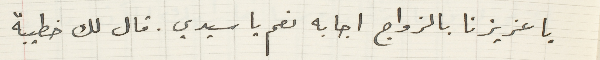
يا عزيزنا بالزواج اجابه نعم يا سيدي. قال لك خطيبة